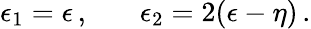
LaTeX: \epsilon_{1}=\epsilon\, ,\ \ \ \ \ \ \ \epsilon_{2}=2(\epsilon-\eta)\, .